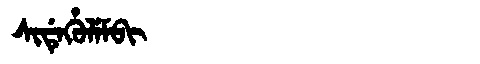
Manchu: ᠰᡳᡩᡝᡥᡠᠯᡝᠮᠪᡳ
Romanization: SIDEHULEMBI